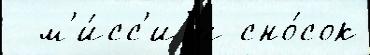
  м'и́сс'иjи сно́сок